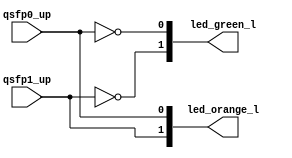
module status_leds
(
    input qsfp0_up, qsfp1_up,

    output[1:0] led_green_l, led_orange_l
);

assign led_green_l[0] = ~qsfp0_up;
assign led_green_l[1] = ~qsfp1_up;

assign led_orange_l[0] = qsfp0_up;
assign led_orange_l[1] = qsfp1_up;

endmodule